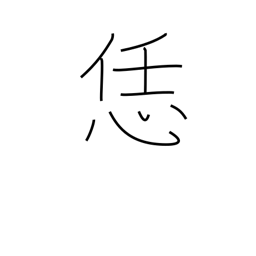
Meaning: like this